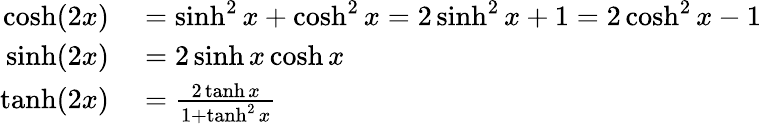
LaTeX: \begin{array}{rl}{\cosh(2x)}&{{}=\sinh^{2}{x}+\cosh^{2}{x}=2\sinh^{2}x+1=2\cosh^{2}x-1}\\ {\sinh(2x)}&{{}=2\sinh x\cosh x}\\ {\operatorname{tanh}(2x)}&{{}={\frac{2\operatorname{tanh}x}{1+\operatorname{tanh}^{2}x}}}\end{array}